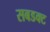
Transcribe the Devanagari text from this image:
सबडक्ट